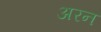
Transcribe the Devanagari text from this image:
अरन